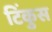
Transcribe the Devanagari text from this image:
टिंकुस